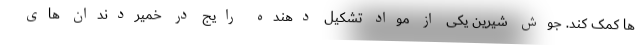
ها کمک کند. جوش شیرین یکی از مواد تشکیل دهنده رایج در خمیردندان های